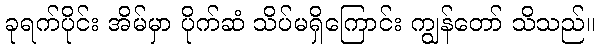
ခုရက်ပိုင်း အိမ်မှာ ပိုက်ဆံ သိပ်မရှိကြောင်း ကျွန်တော် သိသည်။